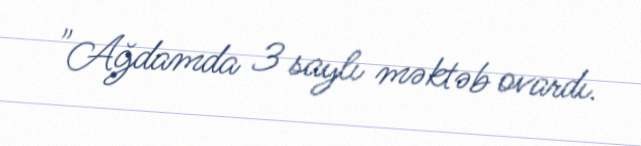
"Ağdamda 3 saylı məktəb ovardı.